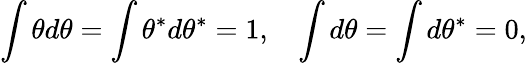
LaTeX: \int\theta d\theta=\int\theta^{\ast}d\theta^{\ast}=1,~~~\int d\theta=\int d\theta^{\ast}=0,